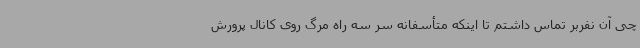
چی آن نفربر تماس داشتم تا اینکه متأسفانه سر سه راه مرگ روی کانال پرورش